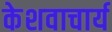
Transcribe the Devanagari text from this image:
केशवाचार्य